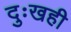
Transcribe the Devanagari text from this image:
दुःखही